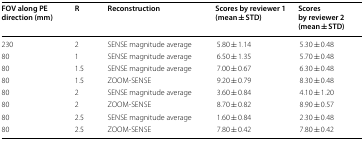
| FOV along PE direction (mm) | R | Reconstruction | Scores by reviewer 1 (mean ± STD) | Scores by reviewer 2 (mean ± STD) |
 | --- | --- | --- | --- | --- |
 | 230 | 2 | SENSE magnitude average | 5.80 ± 1.14 | 5.30 ± 0.48 |
 | 80 | 1 | SENSE magnitude average | 6.50 ± 1.35 | 5.70 ± 0.48 |
 | 80 | 1.5 | SENSE magnitude average | 7.00 ± 0.67 | 6.30 ± 0.48 |
 | 80 | 1.5 | ZOOM-SENSE | 9.20 ± 0.79 | 8.30 ± 0.48 |
 | 80 | 2 | SENSE magnitude average | 3.60 ± 0.84 | 4.10 ± 1.20 |
 | 80 | 2 | ZOOM-SENSE | 8.70 ± 0.82 | 8.90 ± 0.57 |
 | 80 | 2.5 | SENSE magnitude average | 1.60 ± 0.84 | 2.30 ± 0.48 |
 | 80 | 2.5 | ZOOM-SENSE | 7.80 ± 0.42 | 7.80 ± 0.42 |